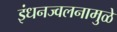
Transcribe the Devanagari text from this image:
इंधनज्वलनामुळे